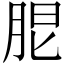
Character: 𦚢